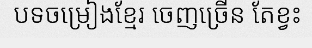
បទចម្រៀងខ្មែរ ចេញច្រើន តែខ្វះ